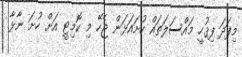
މިފަދަ ފިޤުހީ މައްސަލަތައް ހުށައަޅަން ޖެހޭ މި ކޮމިޓީ އަށް ހުށަ ނާޅާ